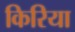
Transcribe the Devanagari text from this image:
किरिया